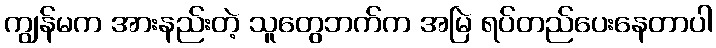
ကျွန်မက အားနည်းတဲ့ သူတွေဘက်က အမြဲ ရပ်တည်ပေးနေတာပါ